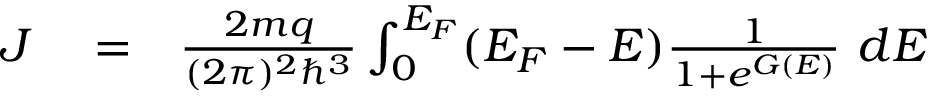
\begin{array} { r l r } { J } & { { } = } & { \frac { 2 m q } { ( 2 \pi ) ^ { 2 } \hbar ^ { 3 } } \int _ { 0 } ^ { { \cal E } _ { F } } ( { \cal E } _ { F } - { \cal E } ) \frac { 1 } { 1 + e ^ { G ( { \cal E } ) } } ~ d { { \cal E } } } \end{array}